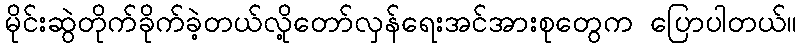
မိုင်းဆွဲတိုက်ခိုက်ခဲ့တယ်လို့တော်လှန်ရေးအင်အားစုတွေက ပြောပါတယ်။